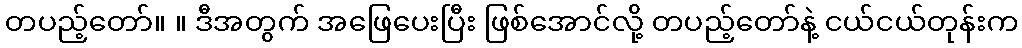
တပည့်တော်။ ။ ဒီအတွက် အဖြေပေးပြီး ဖြစ်အောင်လို့ တပည့်တော်နဲ့ ငယ်ငယ်တုန်းက